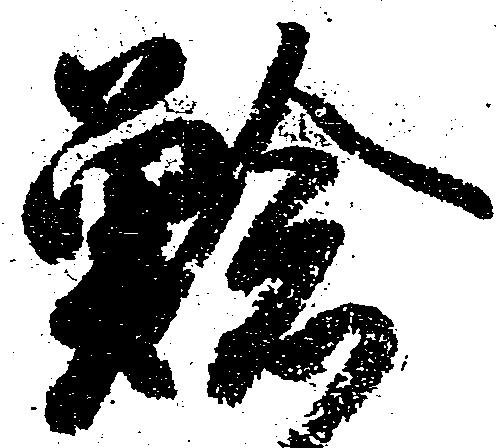
鯰